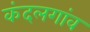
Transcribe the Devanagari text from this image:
कंदलगांव